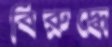
বিরুদ্ধে